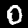
Digit: 0